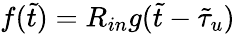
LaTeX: f(\tilde{t})=R_{in}g(\tilde{t}-\tilde{\tau}_{u})